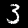
Label: 3